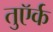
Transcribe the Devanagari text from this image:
तुऍर्क